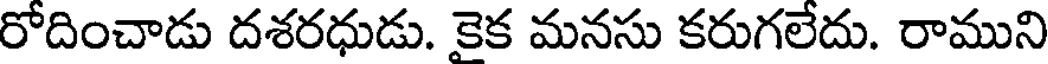
రోదించాడు దశరధుడు. కైక మనసు కరుగలేదు. రాముని